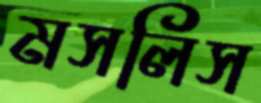
মসলিস